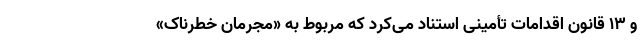
و 13 قانون اقدامات تأمینی استناد می‌کرد که مربوط به «مجرمان خطرناک»